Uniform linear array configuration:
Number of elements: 8
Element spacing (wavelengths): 1
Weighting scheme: blackman
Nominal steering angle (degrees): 45
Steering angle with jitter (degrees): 44.73
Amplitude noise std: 0.05
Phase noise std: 0.05

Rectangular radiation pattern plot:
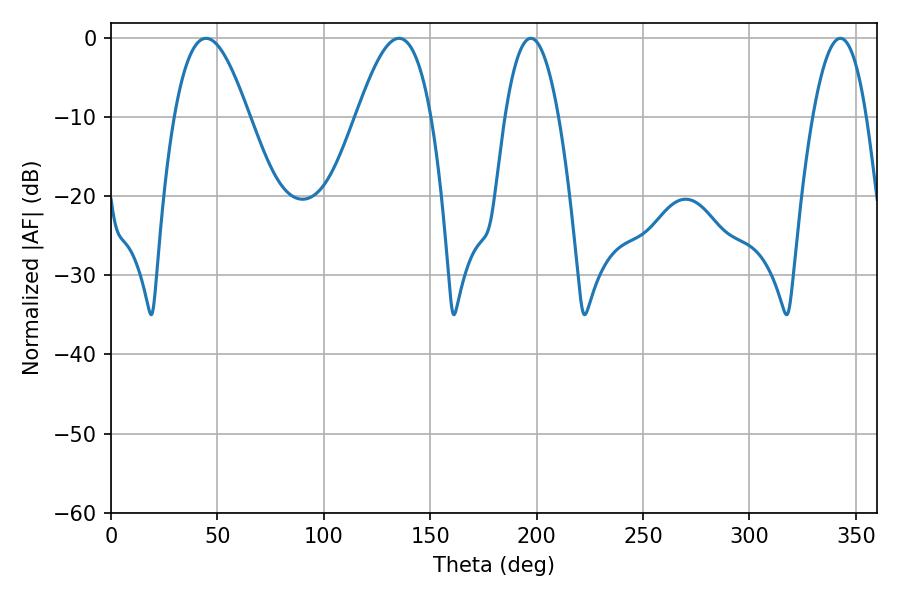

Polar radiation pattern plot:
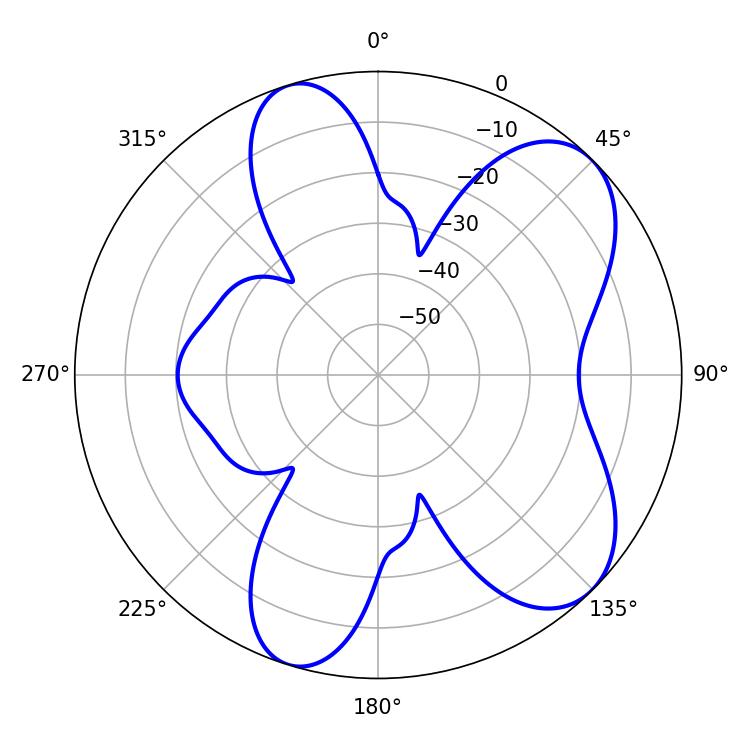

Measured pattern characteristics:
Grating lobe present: TRUE
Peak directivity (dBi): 7.404
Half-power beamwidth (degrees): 13.86
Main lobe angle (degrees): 197.28